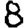
Digit: 8